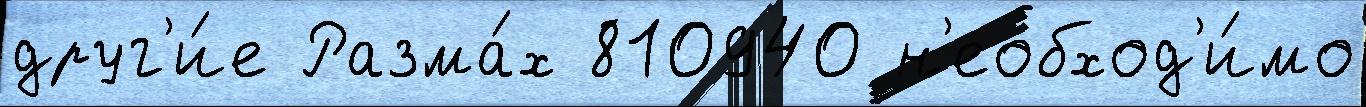
друг'и́е Разма́х 810940 н'еобход'и́мо